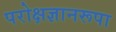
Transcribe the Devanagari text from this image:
परोक्षज्ञानरूपा